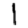
Digit: 1